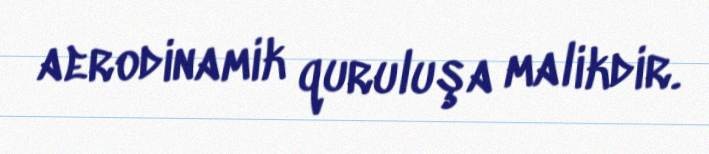
aerodinamik quruluşa malikdir.